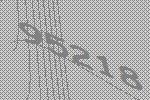
95218